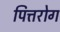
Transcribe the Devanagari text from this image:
पित्तरोग